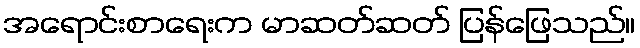
အရောင်းစာရေးက မာဆတ်ဆတ် ပြန်ဖြေသည်။